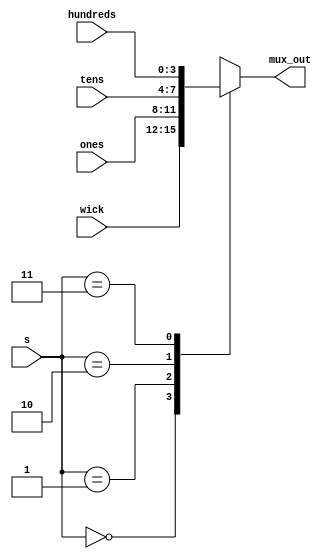
`timescale 1ns / 1ps
//////////////////////////////////////////////////////////////////////////////////
// Company: 
// Engineer: 
// 
// Design Name: 
// Module Name: mux4_1
// Project Name: 
// Target Devices: 
// Tool Versions: 
// Description: 
// 
// Dependencies: 
// 
// Revision:
// Revision 0.01 - File Created
// Additional Comments:
// 
//////////////////////////////////////////////////////////////////////////////////


module mux4_1(
    input [3:0] wick,
    input [3:0] ones,
    input [3:0] tens,
    input [3:0] hundreds,
    input [1:0] s,
    output reg [3:0] mux_out
    );
    
    always @(ones or tens or hundreds or wick or s)
    begin
    case(s)
    0: mux_out<=wick;
    1: mux_out<=ones;
    2: mux_out<=tens;
    3: mux_out<=hundreds;
    endcase
    end
endmodule